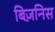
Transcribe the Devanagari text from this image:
बिज़निस